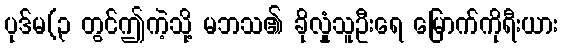
ပုဒ်မ(၃ တွင်ဤကဲ့သို့ မဘသ၏ ခိုလှုံသူဦးရေ မြောက်ကိုရီးယား